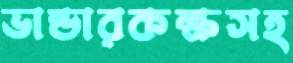
ভান্ডারকক্ষসহ